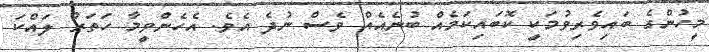
މީހުންގެ ބައިވެރިވުމަކީ ކޮބައިކަމެއް ބުނެއެއް ވެސް ނުދެ އެވެ. އެހެންވީމާ ހަތަރު ލައްކަ